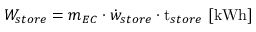
W _ { s t o r e } = m _ { E C } \cdot \dot { w } _ { s t o r e } \cdot \mathrm { t } _ { s t o r e } \ [ \mathrm { k W h } ]